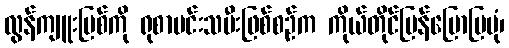
လွန်ကျူးပြစ်ကို ရုစာမင်းသမီးဖြစ်စဉ်က ကိုယ်တိုင်ပြန်ပြောပြပုံ၊